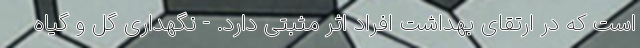
است که در ارتقای بهداشت افراد اثر مثبتی دارد. - نگهداری گل و گیاه